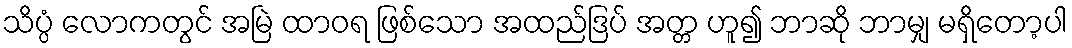
သိပ္ပံ လောကတွင် အမြဲ ထာဝရ ဖြစ်သော အထည်ဒြပ် အတ္တ ဟူ၍ ဘာဆို ဘာမျှ မရှိတော့ပါ